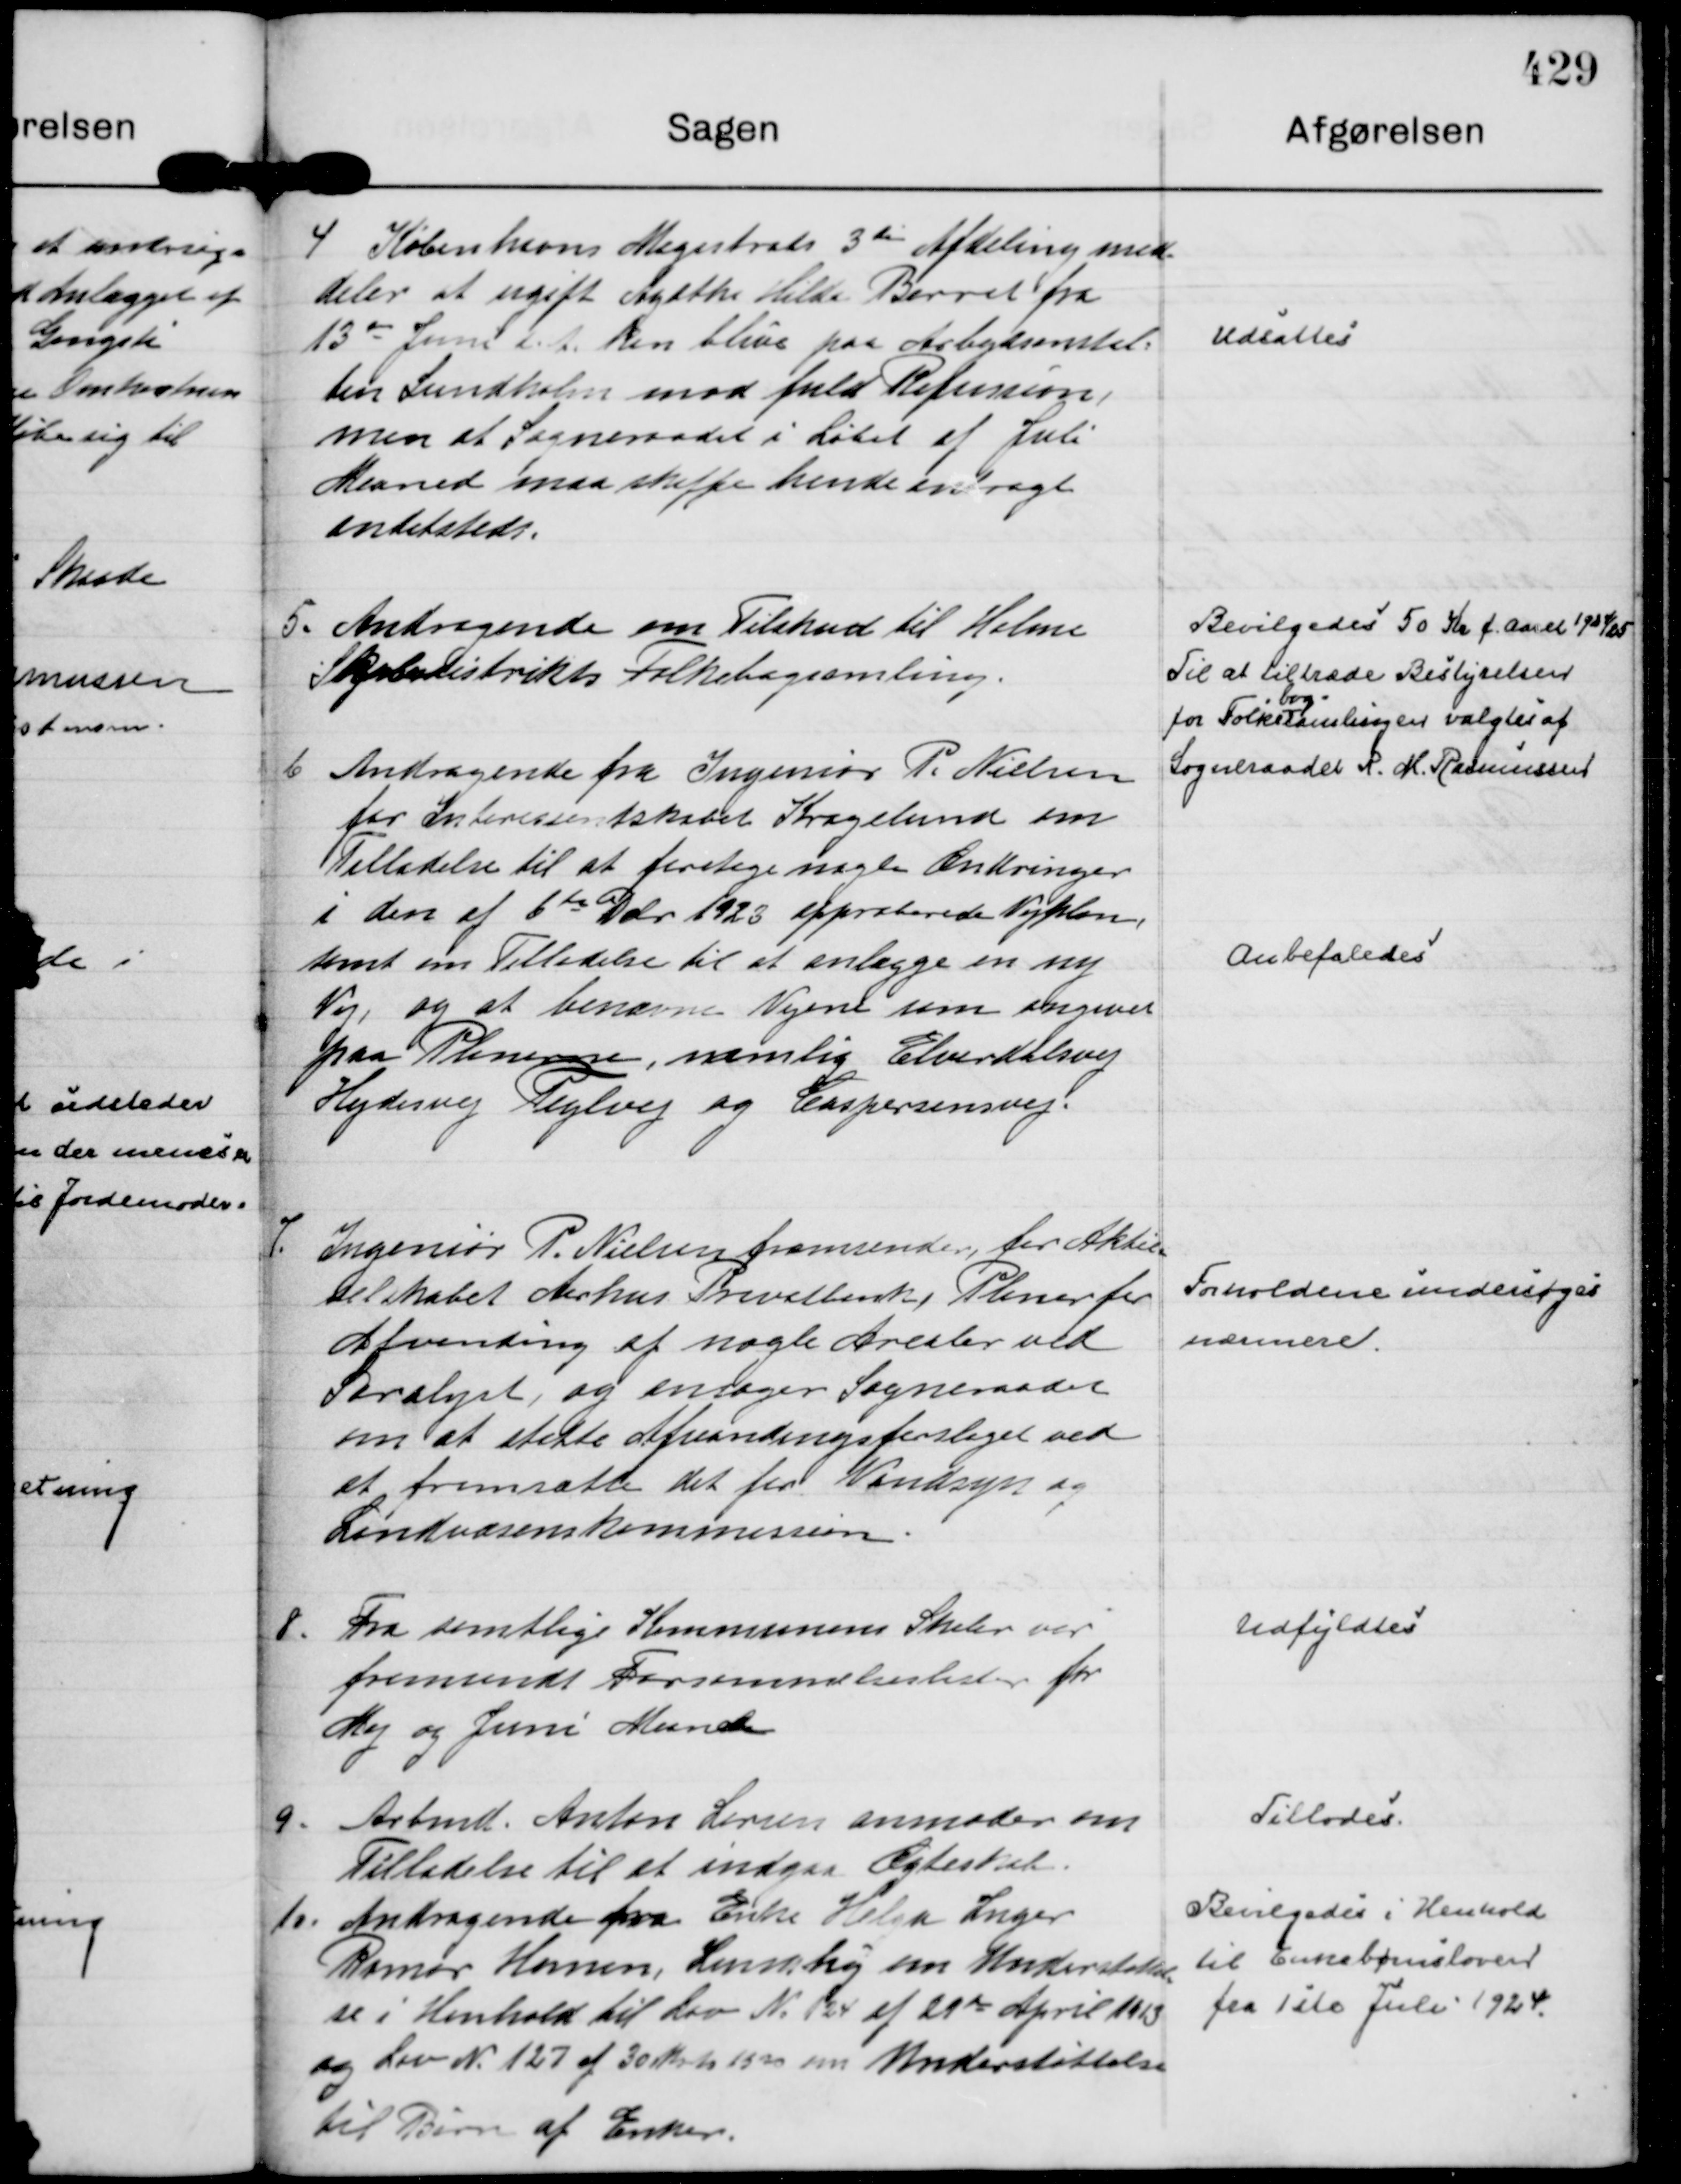
Transskription:
4
Københavns Magistrats 3 die Afdeling med=
deler at ugift Agathe Hilda Barret fra
13 de Juni d. A. kan blive paa Arbejdsanstal=
ten Sundholm mod fuld Refusion,
men at Sogneraadet i Løbet af Juli
Maaned maa skaffe hende anbragt 
andetsteds.

Udsattes

5.
Andragende om Tilskud til Holme
Skole Distrikts Folkebogsamling.

Bevilgedes 50 Kr f. Aaret 1924/25
Til at tiltræde Bestyrelsen
for Folke
bog=
samlingen valgtes af
Sogneraadet R. M. Rasmussen

6
Andragende fra Ingeniør P. Nielsen
for Interessentskabet Kragelund om
Tilladelse til at foretage nogle Ændringer 
i den af 6 te Dcbr 1923 approberede Vejplan,
samt om Tilladelse til at anlægge en ny
Vej, og at benævne Vejene som angivet 
paa Planerne, nemlig Elverdalsvej
Hydesvej Teglvej og Caspersensvej.

Anbefaledes

7.
Ingeniør P. Nielsen fremsender for Aktie=
selskabet Aarhus Privatbank, Planer for
Afvanding af nogle Arealer ved
Saralyst, og ansøger Sogneraadet
om at støtte Afvandingsforslaget ved
at fremsætte det for Vandsyn og
Landvæsenskommission.

Forholdene undersøges
nærmere.

8.
Fra samtlige Kommunens Skoler var
fremsendt Forsømmelseslister for
Maj og Juni Maaneder

Udfyldtes

9.
Arbmd. Anton Larsen anmoder om
Tilladelse til at indgaa Ægteskab.

Tillodes.

10.
Andragende fra Enke Helga Inger
Rømer Hansen, Lundshøj om Understøttel=
se i Henhold til Lov No 124 af 29 de April 1913
og Lov N. 127 af 30 Marts 1520 om Understøttelse
til Børn af Enker.

Bevilgedes i Henhold
til Enkebørnsloven
fra 1 ste Juli 1924.